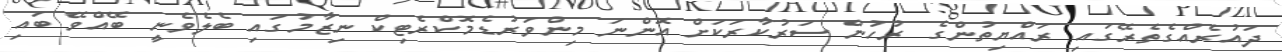
ދައުރެއްގެތެރޭގައި ރައްޔިތުންގެ ރުހުން ސަރުކާރަކަށް އޮންނަ މިންވަރުޑެމޮކްރެޓިކް ނިޒާމުގައި ބެލެވެނީ ބޭއްވޭ ބައި